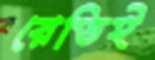
রেডিই